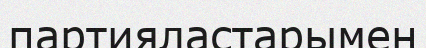
партияластарымен